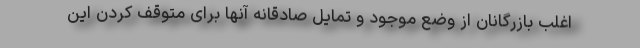
اغلب بازرگانان از وضع موجود و تمایل صادقانه آنها برای متوقف کردن این